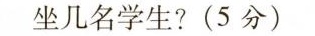
坐几名学生?(5分)